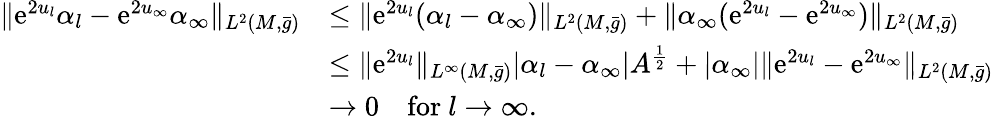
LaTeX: \begin{array}{rl}{\| \mathrm{e}^{2u_{l}}\alpha_{l}-\mathrm{e}^{2u_{\infty}}\alpha_{\infty}\| _{L^{2}(M,\bar{g})}}&{\le\| \mathrm{e}^{2u_{l}}(\alpha_{l}-\alpha_{\infty})\| _{L^{2}(M,\bar{g})}+\| \alpha_{\infty}(\mathrm{e}^{2u_{l}}-\mathrm{e}^{2u_{\infty}})\| _{L^{2}(M,\bar{g})}}\\ &{\le\| \mathrm{e}^{2u_{l}}\| _{L^{\infty}(M,\bar{g})}|\alpha_{l}-\alpha_{\infty}|A^{\frac 12}+|\alpha_{\infty}|\| \mathrm{e}^{2u_{l}}-\mathrm{e}^{2u_{\infty}}\| _{L^{2}(M,\bar{g})}}\\ &{\to 0\quad\mathrm{for~}l\to\infty.}\end{array}